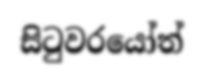
සිටුවරයෝත්